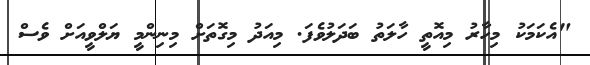
"އެކަމަކު މިހާރު މިއޮތީ ހާލަތު ބަދަލުވެފަ. މިއަދު މިގޮތަށް މިނިންމީ ޔަލްވީއަށް ވެސް